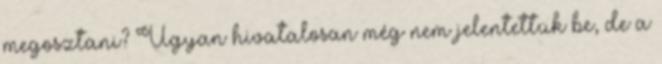
megosztani? Ugyan hivatalosan még nem jelentettük be, de a